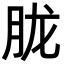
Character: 胧